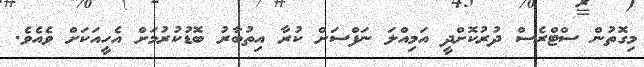
މިގޮތުން ސްޓްރެސް ދުރުކޮށްދީ އަމިއްލަ ނަފްސަށް ކުރާ އިތުބާރު ބޮޑުކުރުމަށް އެހީއަކަށް ވެއެވެ.